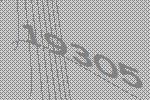
19305